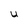
Character: U